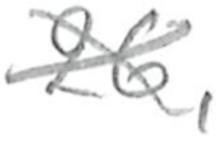
Text: 26,
Cross-out: mix
Writing tool: pencil